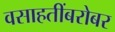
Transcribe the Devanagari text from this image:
वसाहतींबरोबर